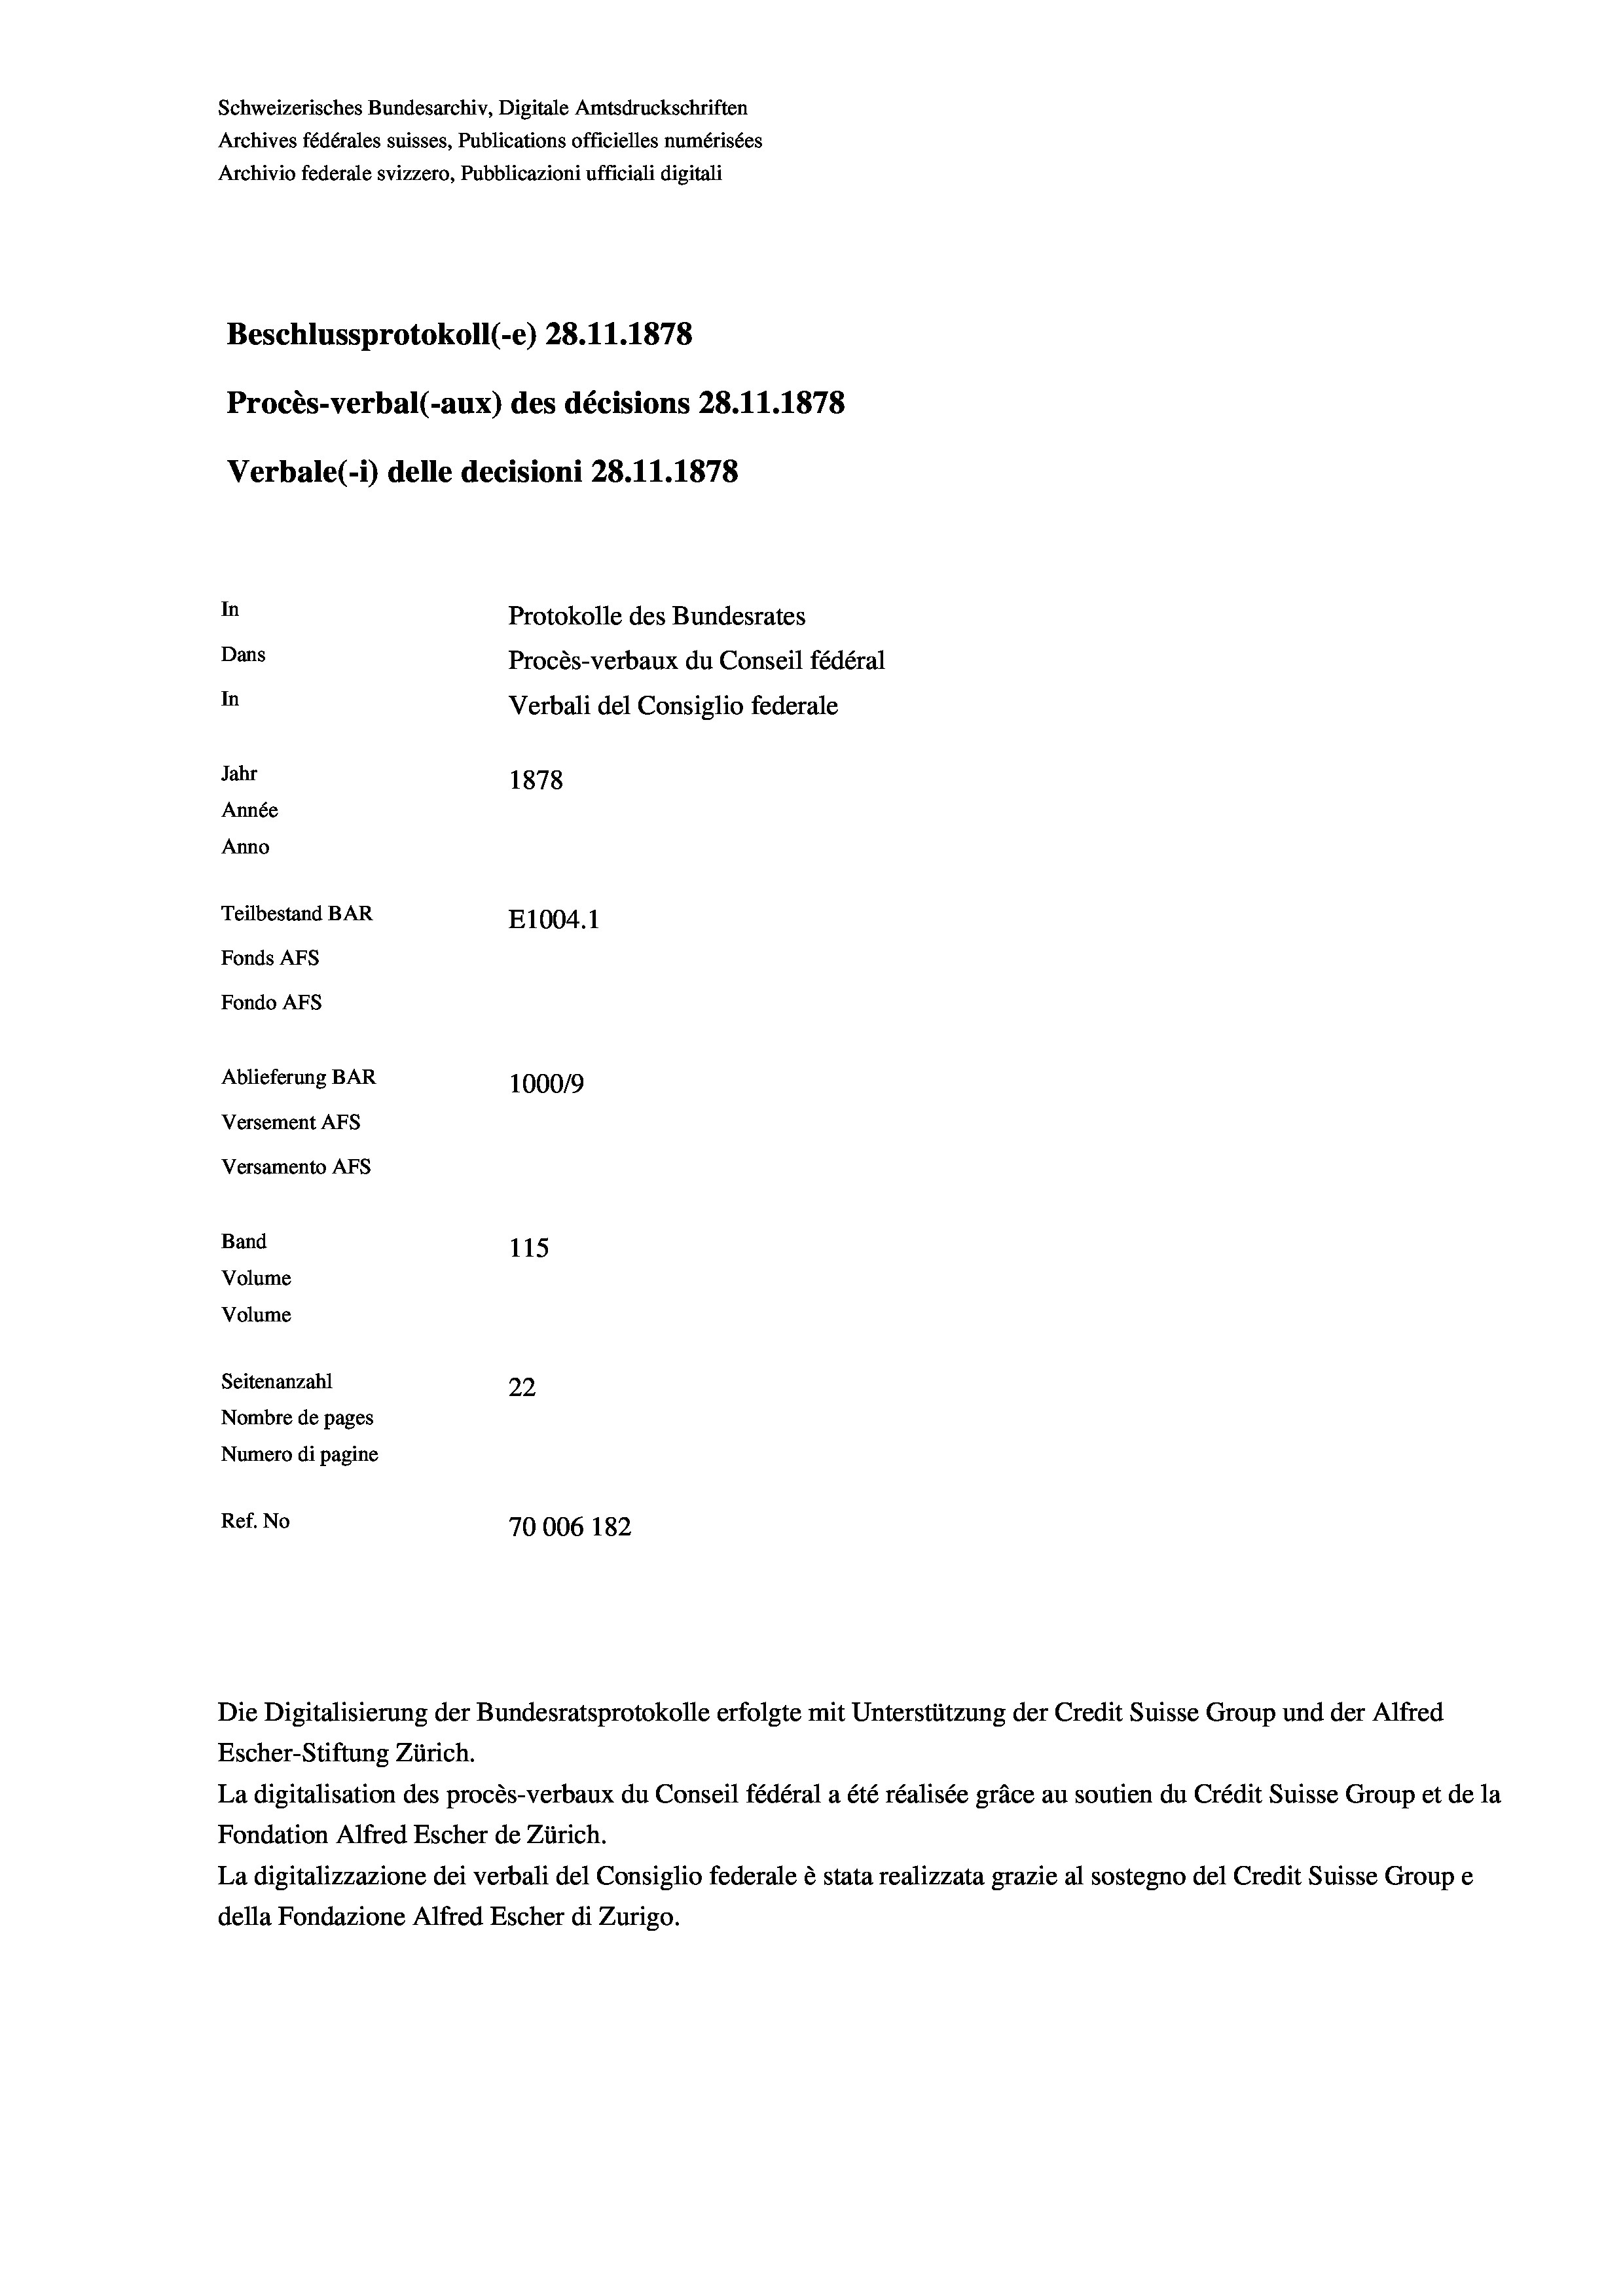
Schweizerisches Bundesarchiv, Digitale Amtsdruckschriften
Archives fédérales suisses, Publications officielles numérisées
Archivio federale svizzero, Pubblicazioni ufficiali digitali
Beschlussprotokoll (-e) 28. 11. 1878
Procès-verbal (-aux) des décisions 28.11.1878
Verbale (- 1) delle decisioni 28.11.1878

Band
Volume

In
Dans
In
Jahr
1878
Année
Anno
Teilbestand BAR
E1004. 1
Fonds AFs
Fondo AFs
Ablieferung BAR
1000/9
Versement AFS
Versamento Afs

115
Seitenanzahl
22
Nombre de pages
Numero di pagine
Ref. No
70006 182

Volume

Protokolle des Bundesrates
Procès-verbaux du Conseil fédéral
Verbali del Consiglio federale

Die Digitalisierung der Bundesratsprotokolle erfolgte mit Unterstützung der Credit Suisse Group und der Alfred
Escher-Stiftung Zürich.
La digitalisation des procès-verbaux du Conseil fédéral a été réalisée gräce au soutien du Crédit Suisse Group et de la
Fondation Alfred Escher de Zürich.
La digitalizzazione dei verbali del Consiglio federale è stata realizzata grazie al sostegno del Credit Suisse Groupe
della Fondazione Alfred Escher di Zurigo.